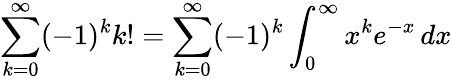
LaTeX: \sum_{k=0}^{\infty}(-1)^{k}k!=\sum_{k=0}^{\infty}(-1)^{k}\int_{0}^{\infty}x^{k}e^{-x}\, dx